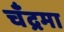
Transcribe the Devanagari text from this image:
चँद्रमा